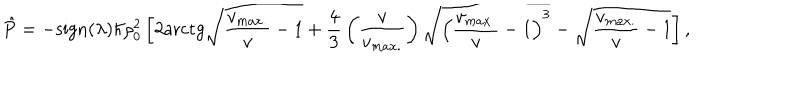
LaTeX: \hat { P } = - \mathrm { s i g n } ( \lambda ) \hbar \rho _ { 0 } ^ { 2 } \left[ 2 \mathrm { a r c t g } \sqrt { { \frac { v _ { m a x . } } { v } } - 1 } + { \frac { 4 } { 3 } } \left( { \frac { v } { v _ { m a x . } } } \right) \sqrt { \left( { \frac { v _ { m a x . } } { v } } - 1 \right) ^ { 3 } } - \sqrt { { \frac { v _ { m a x . } } { v } } - 1 } \right] ,